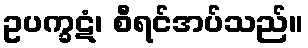
ဥပက္ခဋံ၊ စီရင်အပ်သည်။